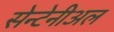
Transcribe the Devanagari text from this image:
सेन्टेनीअल